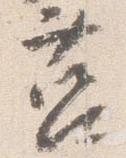
莒